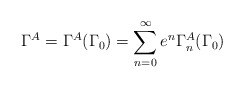
\begin{align*}\Gamma^{A}=\Gamma^{A}(\Gamma_{0})=\sum_{n=0}^{\infty}e^{n}\Gamma_{n}^{A}(\Gamma_{0})\end{align*}